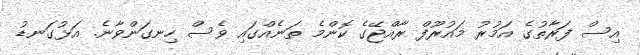
އިސް ފަރާތުގެ އަމުރު މައުރޫފް ރާއްޖޭގެ ކޮންމެ ތަނެއްގައި ވެސް ހިނގަންވާނެ. އަޅުގަނޑު